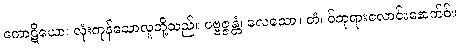
ကောဋိယော၊ လုံးကုန်သောလူတို့သည်။ ပဗ္ဗဇ္ဇန္တံ၊ လေသော။ တံ၊ ဝ်ဘုရားလောင်းနောက်ဝ်။